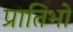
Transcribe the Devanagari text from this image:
प्रातिभो